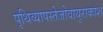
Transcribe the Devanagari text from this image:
पृथिव्यापस्तेजोवायुराकाश